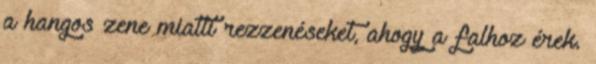
a hangos zene miatti rezzenéseket, ahogy a falhoz érek.